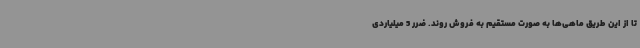
تا از این طریق ماهی‌ها به صورت مستقیم به فروش روند. ضرر 5 میلیاردی